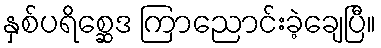
နှစ်ပရိစ္ဆေဒ ကြာညောင်းခဲ့ချေပြီ။